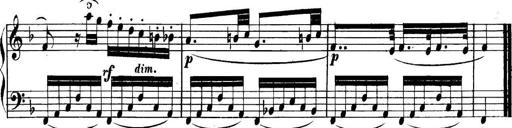
Title: Collected Piano Sonatas
Composer: Muzio Clementi